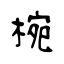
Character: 椀